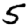
Digit: 5